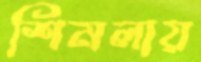
শিমলায়